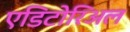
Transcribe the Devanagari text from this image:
एडिटोरिअल